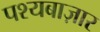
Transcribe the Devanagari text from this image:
पश्यबाज़ार